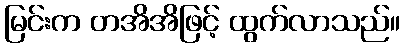
မြင်းက တအိအိဖြင့် ထွက်လာသည်။